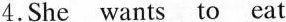
4.She wants to eat